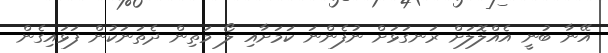
އޭނާ ބުނީ އެއްލޮލަށް ރަނގަޅަށް ނުފެންނަ ކަމަށާއި ލޯ މަތިން ދެތަނަކުން ފަޅައިގެން